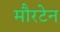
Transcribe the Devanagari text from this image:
मौरटेन